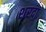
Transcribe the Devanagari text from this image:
शरदां